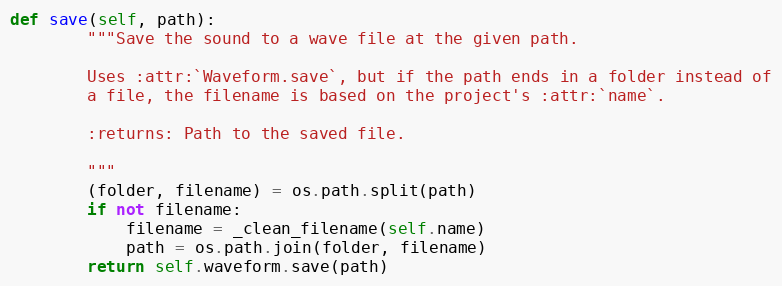
Language: Python
def save(self, path):
        """Save the sound to a wave file at the given path.

        Uses :attr:`Waveform.save`, but if the path ends in a folder instead of
        a file, the filename is based on the project's :attr:`name`.

        :returns: Path to the saved file.

        """
        (folder, filename) = os.path.split(path)
        if not filename:
            filename = _clean_filename(self.name)
            path = os.path.join(folder, filename)
        return self.waveform.save(path)